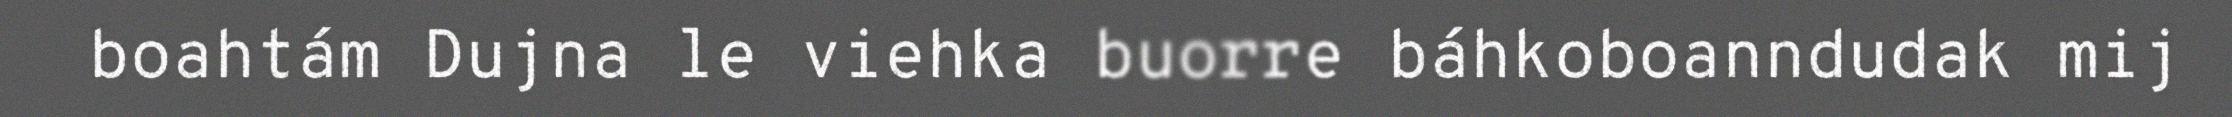
boahtám Dujna le viehka buorre báhkoboanndudak mij